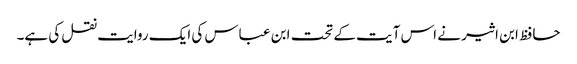
حافظ ابن اثیر نے اس آیت کے تحت ابن عباس کی ایک روایت نقل کی ہے۔